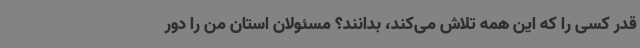
قدر کسی را که این همه تلاش می‌کند، بدانند؟ مسئولان استان من را دور